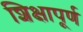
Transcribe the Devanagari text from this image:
शिक्षापूर्ण